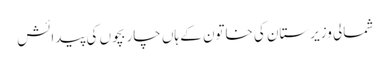
شمالی وزیرستان کی خاتون کے ہاں چار بچوں کی پیدائش